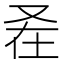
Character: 𭆩